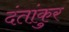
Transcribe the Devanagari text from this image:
दंतांकुर